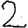
Digit: 2